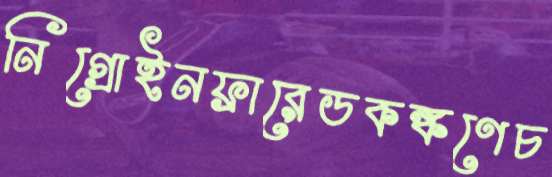
নিগ্রোইনফ্রারেডকঙ্কণেচ